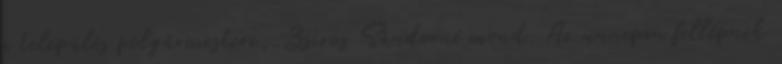
a település polgármestere, Zsiros Sándorné mond. Az ünnepen fellépnek